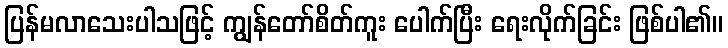
ပြန်မလာသေးပါသဖြင့် ကျွန်တော်စိတ်ကူး ပေါက်ပြီး ရေးလိုက်ခြင်း ဖြစ်ပါ၏။